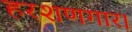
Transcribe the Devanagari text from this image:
हरशणगार।